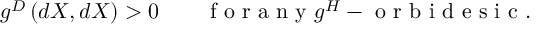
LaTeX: g ^ { D } \left( d X , d X \right) > 0 \qquad \textrm { f o r a n y } g ^ { H } - \textrm { o r b i d e s i c } .